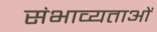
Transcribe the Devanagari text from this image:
संभाव्यताओं